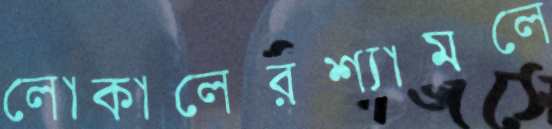
লোকালেরশ্যামলে